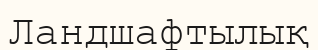
Ландшафтылық